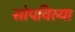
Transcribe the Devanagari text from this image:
सोपविल्या